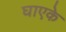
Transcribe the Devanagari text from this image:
घाएके